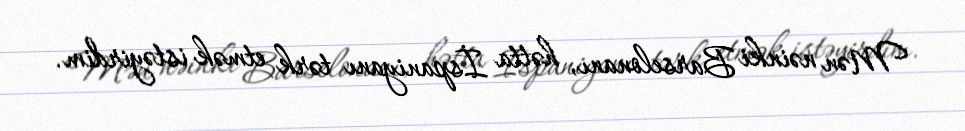
Mən nəinki Barselonanı, hətta İspaniyanı tərk etmək istəyirdim.